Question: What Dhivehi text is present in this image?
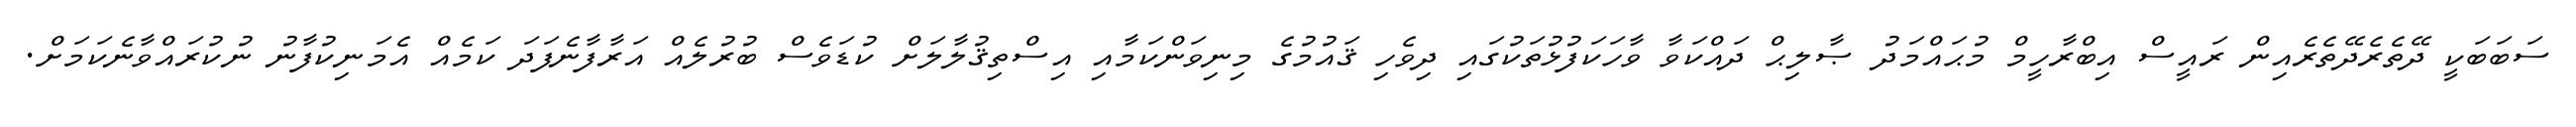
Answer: ސަބަބަކީ ދޭތެރެދޭތެރެއިން ރައީސް އިބްރާހީމް މުޙައްމަދު ޞާލިޙް ދައްކަވާ ވާހަކަފުޅުތަކުގައި ދިވެހި ޤައުމުގެ މިނިވަންކަމާއި އިސްތިޤުލާލަށް ކުޑަވެސް ބުރުލެއް އަރާފާނެފަދަ ކަމެއް އެމަނިކުފާނު ނުކުރައްވާނެކަމަށް.